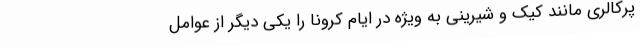
پرکالری مانند کیک و شیرینی به ویژه در ایام کرونا را یکی دیگر از عوامل